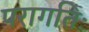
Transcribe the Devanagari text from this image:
परागतिः